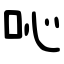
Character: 吣